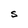
Character: S